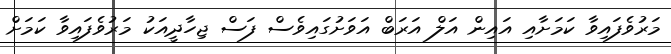
މަރުވެފައިވާ ކަމަށާއި އައިން އަލް އަރަބް އަވަށުގައިވެސް ފަސް ޖިހާދީއަކު މަރުވެފައިވާ ކަމަށް